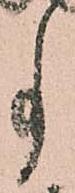
事